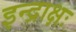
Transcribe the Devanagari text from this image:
इन्द्राक्षः